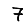
Digit: 7